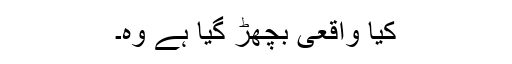
کیا واقعی بچھڑ گیا ہے وہ۔